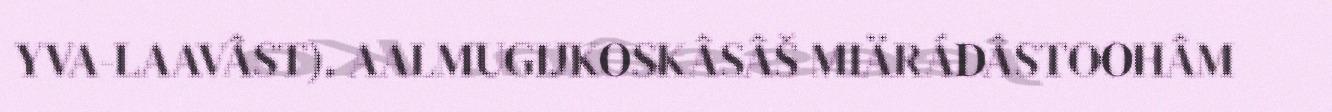
YVA-LAAVÂST). AALMUGIJKOSKÂSÂŠ MIÄRÁDÂSTOOHÂM